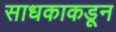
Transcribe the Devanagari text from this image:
साधकाकडून